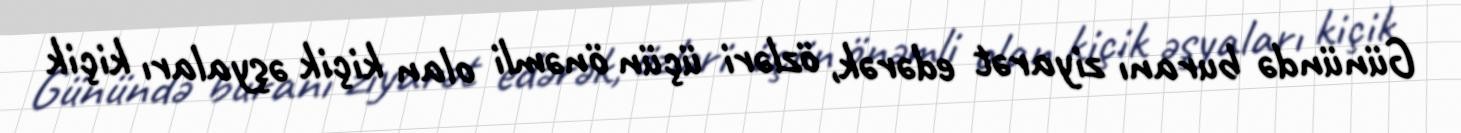
Günündə buranı ziyarət edərək, özləri üçün önəmli olan kiçik əşyaları kiçik